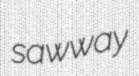
sawway